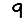
Digit: 9